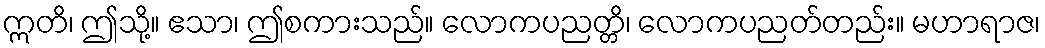
ဣတိ၊ ဤသို့။ ဧသာ၊ ဤစကားသည်။ လောကပညတ္တိ၊ လောကပညတ်တည်း။ မဟာရာဇ၊